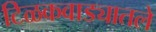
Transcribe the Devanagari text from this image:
टिळकवाड्यातले